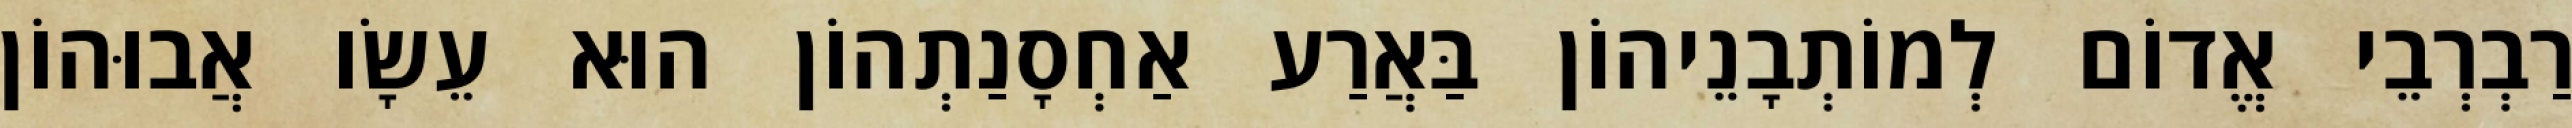
רַבְרְבֵי אֱדוֹם לְמוֹתְבָנֵיהוֹן בַּאֲרַע אַחְסָנַתְהוֹן הוּא עֵשָׂו אֲבוּהוֹן